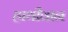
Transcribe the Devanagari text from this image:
हाथीवान